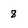
Character: 8